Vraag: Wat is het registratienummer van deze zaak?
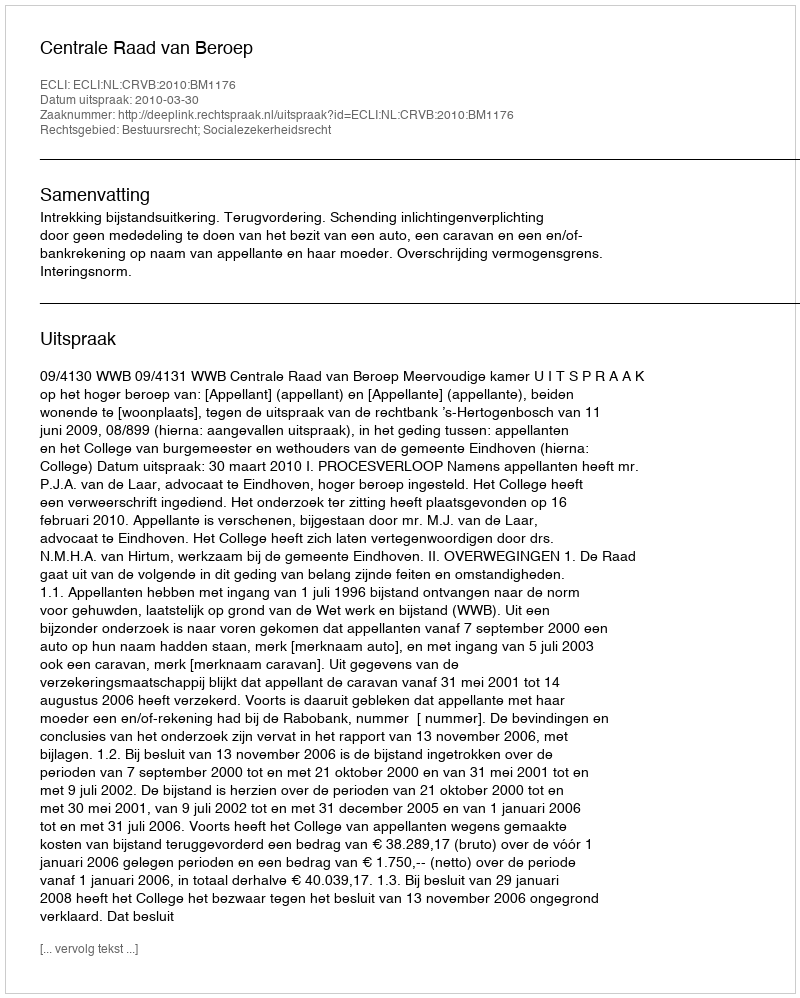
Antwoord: http://deeplink.rechtspraak.nl/uitspraak?id=ECLI:NL:CRVB:2010:BM1176